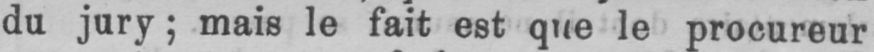
du jury; mais le fait est que le procureur